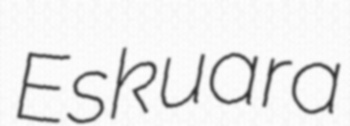
Eskuara